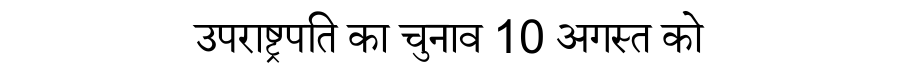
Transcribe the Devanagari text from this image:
उपराष्ट्रपति का चुनाव 10 अगस्त को